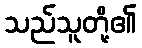
သည်သူတို့၏